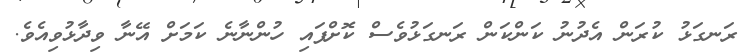
ރަނގަޅު ކުރަން އެދުނު ކަންކަން ރަނގަޅުވެސް ކޮށްފައި ހުންނާނެ ކަމަށް އޭނާ ވިދާޅުވިއެވެ.